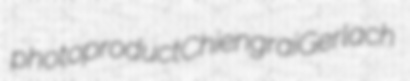
photoproduct Chiengrai Gerlach